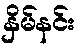
နှိမ်နင်း